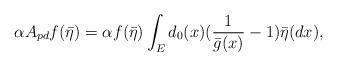
LaTeX: \begin{align*}\alpha A_{pd}f(\bar{\eta })=\alpha f(\bar{\eta })\int_Ed_0(x)(\frac 1{\bar {g}(x)}-1)\bar{\eta }(dx),\end{align*}